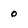
Character: O